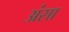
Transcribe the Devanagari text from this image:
अंसा